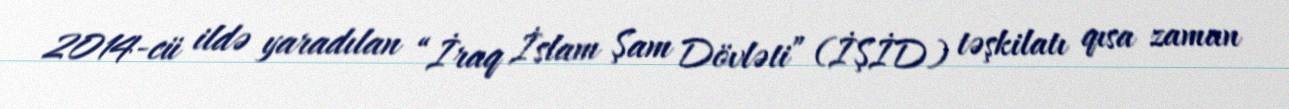
2014-cü ildə yaradılan “İraq İslam Şam Dövləti” (İŞİD) təşkilatı qısa zaman